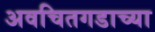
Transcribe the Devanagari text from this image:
अवचितगडाच्या